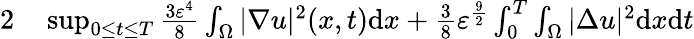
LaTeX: \begin{array}{rl}{{2}}&{{}\operatorname*{sup}_{0\leq t\leq T}\frac{3\varepsilon^{4}}{8}\int_{\Omega}|\nabla u|^{2}(x,t)\mathrm{d}x+\frac{3}{8}\varepsilon^{\frac{9}{2}}\int_{0}^{T}\int_{\Omega}|\Delta u|^{2}\mathrm{d}x\mathrm{d}t}\end{array}